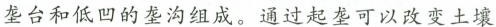
垄台和低凹的垄沟组成。通过起垄可以改变土壤